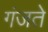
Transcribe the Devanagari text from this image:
गंजते